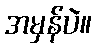
အမှန်ပဲ။